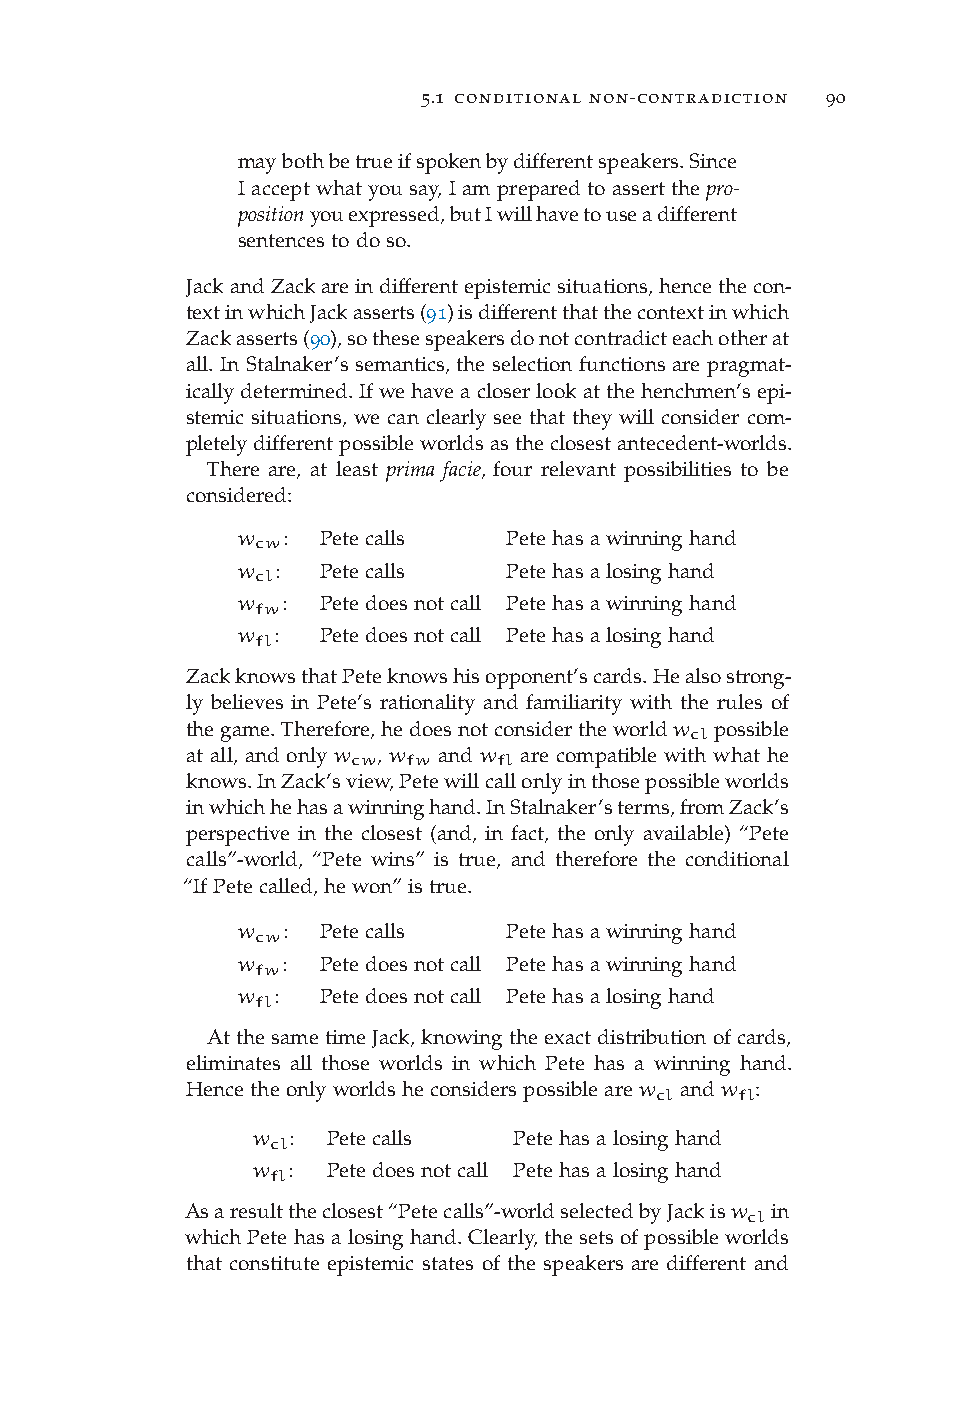
5.1 conditional non-contradiction 90
 maybothbetrueifspokenbydifferentspeakers.Since
 I accept what you say, I am prepared to assert the pro-
 positionyouexpressed,butIwillhavetouseadifferent
 sentencestodoso.
 JackandZackareindifferentepistemicsituations,hencethecon-
 textinwhichJackasserts(91)isdifferentthatthecontextinwhich
 Zackasserts(90),sothesespeakersdonotcontradicteachotherat
 all. In Stalnaker’s semantics, the selection functions are pragmat-
 icallydetermined.Ifwehaveacloserlookatthehenchmen’sepi-
 stemic situations, we can clearly see that they will consider com-
 pletelydifferentpossibleworldsastheclosestantecedent-worlds.
 There are, at least prima facie, four relevant possibilities to be
 considered:
 w cw: Petecalls   Petehasawinninghand
 w cl: Petecalls   Petehasalosinghand
 w fw: Petedoesnotcall Petehasawinninghand
 w fl: Petedoesnotcall Petehasalosinghand
 ZackknowsthatPeteknowshisopponent’scards.Healsostrong-
 ly believes in Pete’s rationality and familiarity with the rules of
 thegame.Therefore,hedoesnotconsidertheworldw cl possible
 at all, and only w cw, w fw and w fl are compatible with what he
 knows.InZack’sview,Petewillcallonlyinthosepossibleworlds
 inwhichhehasawinninghand.InStalnaker’sterms,fromZack’s
 perspective in the closest (and, in fact, the only available) “Pete
 calls”-world, “Pete wins” is true, and therefore the conditional
 “IfPetecalled,hewon”istrue.
 w cw: Petecalls   Petehasawinninghand
 w fw: Petedoesnotcall Petehasawinninghand
 w fl: Petedoesnotcall Petehasalosinghand
 AtthesametimeJack,knowingtheexactdistributionofcards,
 eliminates all those worlds in which Pete has a winning hand.
 Hencetheonlyworldsheconsiderspossiblearew cl andw fl:
 w cl: Petecalls  Petehasalosinghand
 w fl: Petedoesnotcall Petehasalosinghand
 Asaresulttheclosest“Petecalls”-worldselectedbyJackisw clin
 whichPetehasalosinghand.Clearly,thesetsofpossibleworlds
 that constitute epistemic states of the speakers are different and